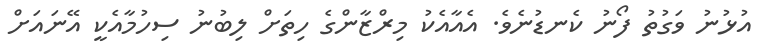
އުޅުނު ވަގުތު ފޯނު ކެނޑުނެވެ. އެއާއެކު މިރްޒާންގެ ހިތަށް ލިބުނު ސިހުމާއެކީ އޭނައަށް